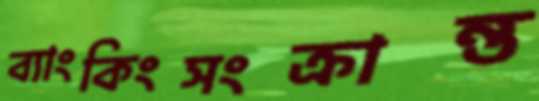
ব্যাংকিংসংক্রান্ত